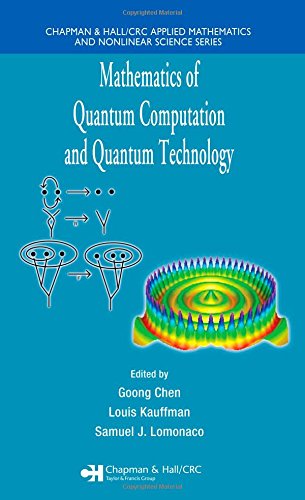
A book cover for Mathematics of Quantum Computation and Quantum Technology (Chapman & Hall/CRC Applied Mathematics & Nonlinear Science); Computers & Technology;